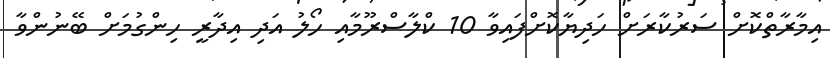
އިމާރާތްކޮށް ސަރުކާރަށް ހަދިޔާކޮށްފައިވާ 10 ކްލާސްރޫމާއި ހޯލު އަދި އިދާރީ ހިންގުމަށް ބޭނުންވާ